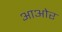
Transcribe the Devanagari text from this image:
आओर